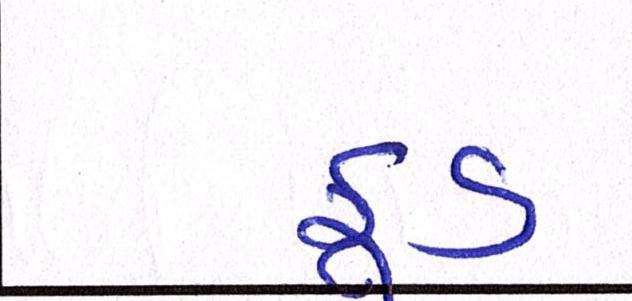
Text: ફુડ